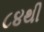
૮૪થી